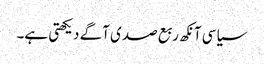
سیاسی آنکھ ربع صدی آگے دیکھتی ہے۔